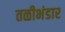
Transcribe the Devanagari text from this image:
तळीभंडार